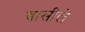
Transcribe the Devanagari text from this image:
बासीले